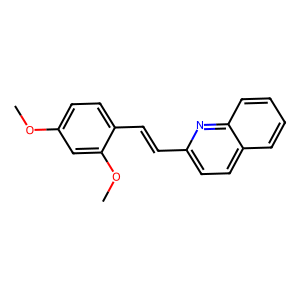
SMILES: COc1ccc(C=Cc2ccc3ccccc3n2)c(OC)c1
Inhibits HIV replication: No